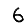
Digit: 6